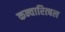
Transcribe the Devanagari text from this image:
कन्वारित्बल